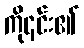
ကို၎င်း၏